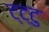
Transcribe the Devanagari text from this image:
ट्ट्टु